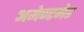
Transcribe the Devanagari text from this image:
अमेण्टमेड